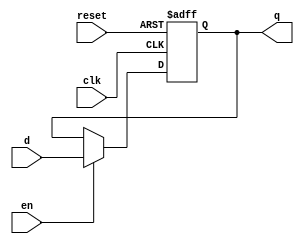
`timescale 1ns / 1ps
//////////////////////////////////////////////////////////////////////////////////
// Company: 
// Engineer: 
// 
// Design Name: 
// Module Name: DFF_3
// Project Name: 
// Target Devices: 
// Tool Versions: 
// Description: 
// 
// Dependencies: 
// 
// Revision:
// Revision 0.01 - File Created
// Additional Comments:
// 
//////////////////////////////////////////////////////////////////////////////////


module DFF_3(q,clk,d,reset,en);

input clk,d,reset,en;
output reg q;

always@(posedge clk, posedge reset )
begin

if (reset == 1)

q <= 1'b0;

else if (en == 0)
  q<=q;

else
 q <= d;
 
end
endmodule